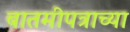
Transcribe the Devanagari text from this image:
बातमीपत्राच्या